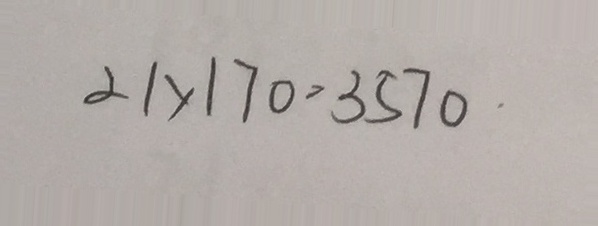
2 1 \times 1 7 0 = 3 5 7 0